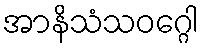
အာနိသံသဝဂ္ဂေါ